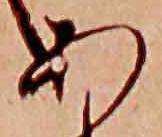
あ